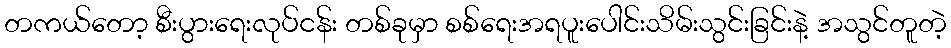
တကယ်တော့ စီးပွားရေးလုပ်ငန်း တစ်ခုမှာ စစ်ရေးအရပူးပေါင်းသိမ်းသွင်းခြင်းနဲ့ အသွင်တူတဲ့